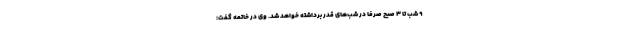
۹ شب تا ۳ صبح صرفا در شب‌های قدر برداشته خواهد شد. وی در خاتمه گفت: